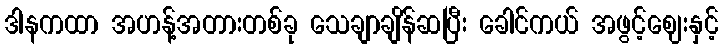
ဒါနကထာ အဟန့်အတားတစ်ခု သေချာချိန်ဆပြီး ခေါင်ကယ် အဖွင့်ဈေးနှင့်